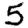
Digit: 5